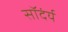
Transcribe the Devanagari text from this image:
सॉदंर्य